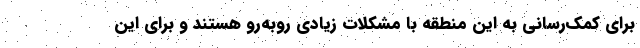
برای کمک‌رسانی به این منطقه با مشکلات زیادی روبه‌رو هستند و برای این